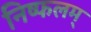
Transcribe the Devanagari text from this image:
निष्फलम्